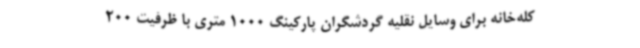
کله‌خانه برای وسایل نقلیه گردشگران پارکینگ 1000 متری با ظرفیت 200